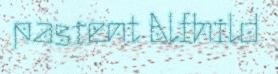
pasient Alfhild